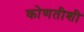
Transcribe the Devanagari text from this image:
कोणतीशी